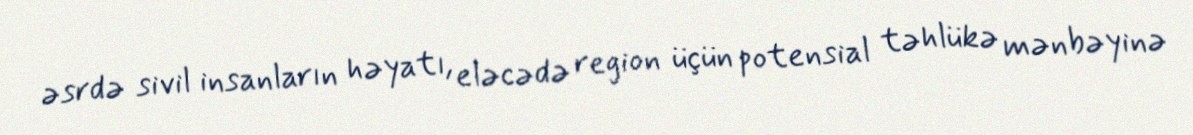
əsrdə sivil insanların həyatı, eləcədə region üçün potensial təhlükə mənbəyinə